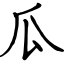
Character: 瓜